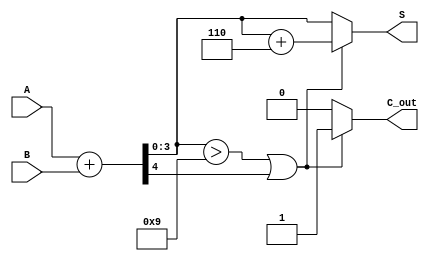
module BCD_Asynchronous_Adder (
    input  [3:0] A,      // First BCD digit (0-9)
    input  [3:0] B,      // Second BCD digit (0-9)
    output reg [3:0] S,  // BCD sum output
    output reg C_out     // Carry output indicating overflow
);

    wire [4:0] Sum;      // 5-bit sum to accommodate carry
    wire C_temp;         // Temporary carry from binary addition
    wire adjust;         // Adjustment signal for BCD correction

    // Calculate the initial binary sum
    assign Sum = A + B;  // 5-bit sum (A + B)
    assign C_temp = Sum[4]; // Carry out from the addition

    // Determine if adjustment is needed
    assign adjust = (Sum[3:0] > 4'b1001) || C_temp; // Check if sum exceeds 9 or if there's a carry

    always @(*) begin
        if (adjust) begin
            // If adjustment is needed, add 6 (0110) to the sum
            S = Sum[3:0] + 4'b0110; // Adjust the sum
            C_out = 1;              // Set carry out to indicate overflow
        end else begin
            S = Sum[3:0];           // No adjustment needed
            C_out = 0;              // No overflow
        end
    end

endmodule